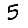
Digit: 5